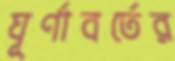
ঘূর্ণাবর্তের